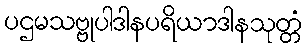
ပဌမသဗ္ဗုပါဒါနပရိယာဒါနသုတ္တံ